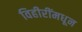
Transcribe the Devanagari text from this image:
विहीरींमधून